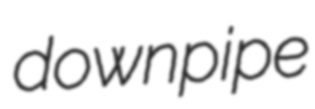
downpipe